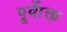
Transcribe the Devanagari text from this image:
पूर्वाेक्त